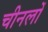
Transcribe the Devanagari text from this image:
चीनलों